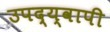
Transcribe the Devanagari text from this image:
उपद्य्वापी